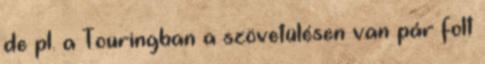
de pl. a Touringban a szövetülésen van pár folt